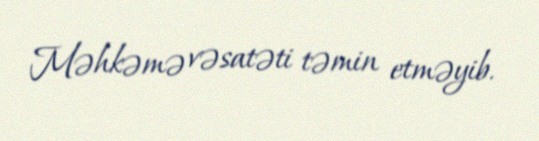
Məhkəmə vəsatəti təmin etməyib.